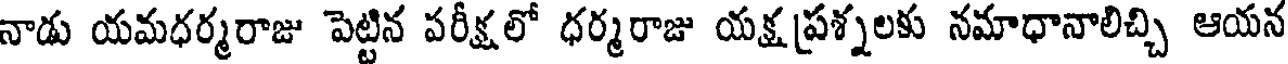
నాడు యమధర్మరాజు పెట్టిన పరీక్షలో ధర్మరాజు యక్ష ప్రశ్నలకు నమాధానాలిచ్చి ఆయన